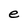
Character: e